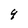
Character: 4